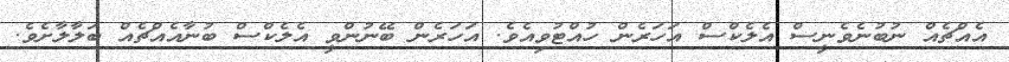
އެއްޗެއް ނުބުނެވެނީސް އެލެކްސް އަހަރެން ހުއްޓުވިއެވެ. އަހަރެން ބޭނުންވީ އެލެކްސް ބުނާއެއްޗެއް ބަލާލާށެވެ.